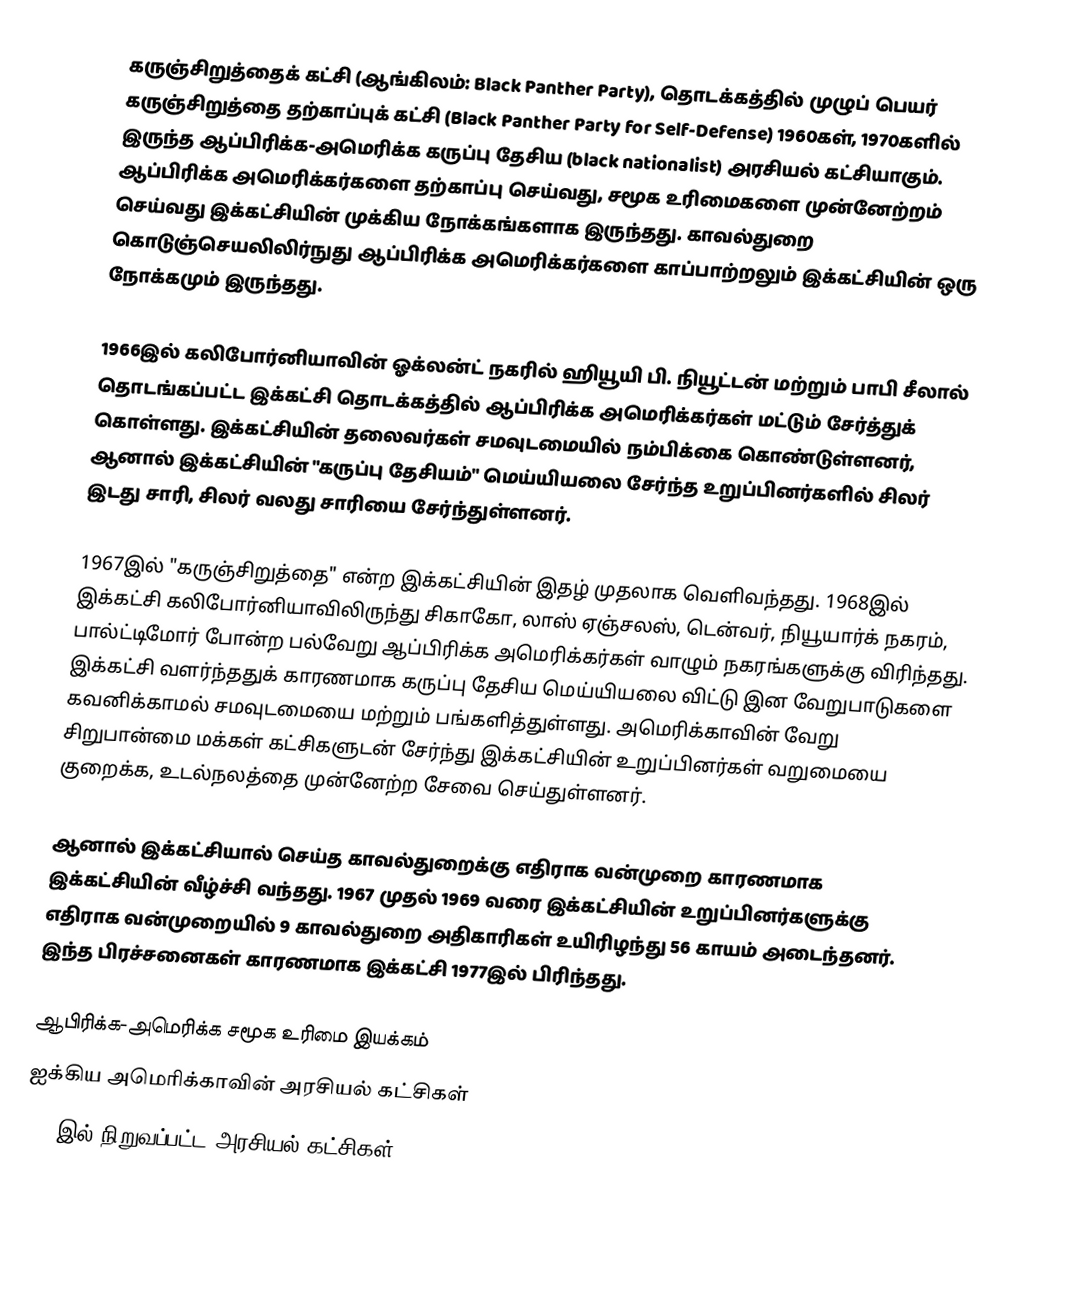
கருஞ்சிறுத்தைக் கட்சி (ஆங்கிலம்: Black Panther Party), தொடக்கத்தில் முழுப் பெயர் கருஞ்சிறுத்தை தற்காப்புக் கட்சி (Black Panther Party for Self-Defense) 1960கள், 1970களில் இருந்த ஆப்பிரிக்க-அமெரிக்க கருப்பு தேசிய (black nationalist) அரசியல் கட்சியாகும். ஆப்பிரிக்க அமெரிக்கர்களை தற்காப்பு செய்வது, சமூக உரிமைகளை முன்னேற்றம் செய்வது இக்கட்சியின் முக்கிய நோக்கங்களாக இருந்தது. காவல்துறை கொடுஞ்செயலிலிர்நுது ஆப்பிரிக்க அமெரிக்கர்களை காப்பாற்றலும் இக்கட்சியின் ஒரு நோக்கமும் இருந்தது.

1966இல் கலிபோர்னியாவின் ஓக்லன்ட் நகரில் ஹியூயி பி. நியூட்டன் மற்றும் பாபி சீலால் தொடங்கப்பட்ட இக்கட்சி தொடக்கத்தில் ஆப்பிரிக்க அமெரிக்கர்கள் மட்டும் சேர்த்துக் கொள்ளது. இக்கட்சியின் தலைவர்கள் சமவுடமையில் நம்பிக்கை கொண்டுள்ளனர், ஆனால் இக்கட்சியின் "கருப்பு தேசியம்" மெய்யியலை சேர்ந்த உறுப்பினர்களில் சிலர் இடது சாரி, சிலர் வலது சாரியை சேர்ந்துள்ளனர்.

1967இல் "கருஞ்சிறுத்தை" என்ற இக்கட்சியின் இதழ் முதலாக வெளிவந்தது. 1968இல் இக்கட்சி கலிபோர்னியாவிலிருந்து சிகாகோ, லாஸ் ஏஞ்சலஸ், டென்வர், நியூயார்க் நகரம், பால்ட்டிமோர் போன்ற பல்வேறு ஆப்பிரிக்க அமெரிக்கர்கள் வாழும் நகரங்களுக்கு விரிந்தது. இக்கட்சி வளர்ந்ததுக் காரணமாக கருப்பு தேசிய மெய்யியலை விட்டு இன வேறுபாடுகளை கவனிக்காமல் சமவுடமையை மற்றும் பங்களித்துள்ளது. அமெரிக்காவின் வேறு சிறுபான்மை மக்கள் கட்சிகளுடன் சேர்ந்து இக்கட்சியின் உறுப்பினர்கள் வறுமையை குறைக்க, உடல்நலத்தை முன்னேற்ற சேவை செய்துள்ளனர்.

ஆனால் இக்கட்சியால் செய்த காவல்துறைக்கு எதிராக வன்முறை காரணமாக இக்கட்சியின் வீழ்ச்சி வந்தது. 1967 முதல் 1969 வரை இக்கட்சியின் உறுப்பினர்களுக்கு எதிராக வன்முறையில் 9 காவல்துறை அதிகாரிகள் உயிரிழந்து 56 காயம் அடைந்தனர். இந்த பிரச்சனைகள் காரணமாக இக்கட்சி 1977இல் பிரிந்தது.

ஆபிரிக்க-அமெரிக்க சமூக உரிமை இயக்கம்
ஐக்கிய அமெரிக்காவின் அரசியல் கட்சிகள்
1966இல் நிறுவப்பட்ட அரசியல் கட்சிகள்